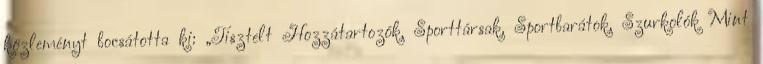
közleményt bocsátotta ki: „Tisztelt Hozzátartozók, Sporttársak, Sportbarátok, Szurkolók Mint